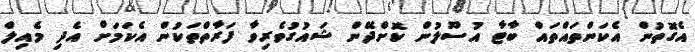
އެގޮތުން އެކަންތައްތައް ބާޓާ އުސޫލުން ކޮށްދޭން ޝައުގުވެރިވާ ފަރާތްތަކުން އެކަމަށް އެދި މެއިލް